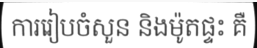
ការរៀបចំសួន និងម៉ូតផ្ទះ គឺ